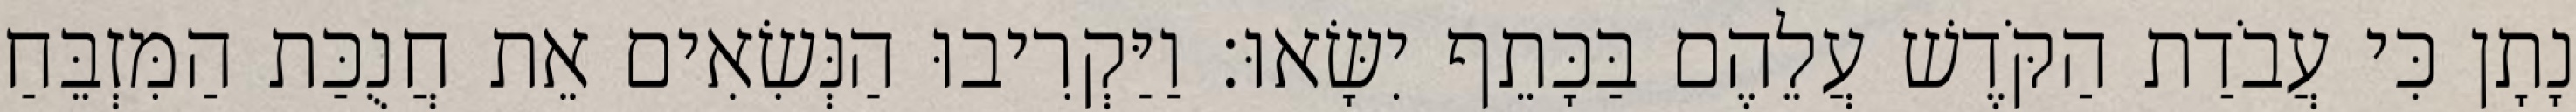
נָתָן כִּי עֲבֹדַת הַקֹּדֶשׁ עֲלֵהֶם בַּכָּתֵף יִשָּׂאוּ׃ וַיַּקְרִיבוּ הַנְּשִׂאִים אֵת חֲנֻכַּת הַמִּזְבֵּחַ